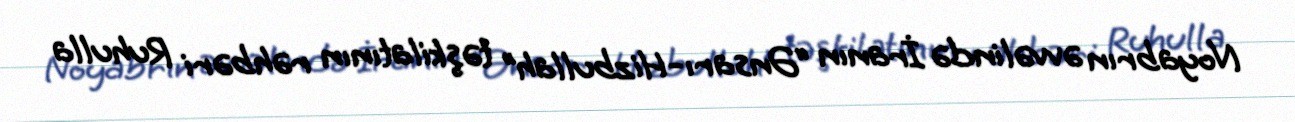
Noyabrın əvvəlində İranın “Ənsarı-Hizbullah” təşkilatının rəhbəri Ruhulla